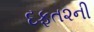
દફત૨ની